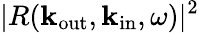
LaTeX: |R({\mathbf k}_{\mathrm{out}},{\mathbf k}_{\mathrm{in}},\omega)|^{2}